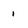
Character: 1